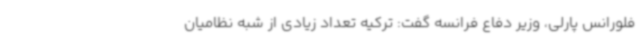
فلورانس پارلی، وزیر دفاع فرانسه گفت: ترکیه تعداد زیادی از شبه نظامیان